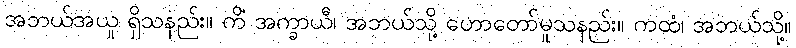
အဘယ်အယူ ရှိသနည်း။ ကိံ အက္ခာယီ၊ အဘယ်သို့ ဟောတော်မူသနည်း။ ကထံ၊ အဘယ်သို့။